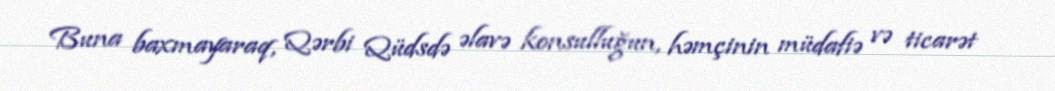
Buna baxmayaraq, Qərbi Qüdsdə əlavə konsulluğun, həmçinin müdafiə və ticarət